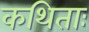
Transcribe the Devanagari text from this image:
कथिताः